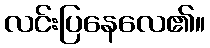
လင်းပြနေလေ၏။